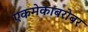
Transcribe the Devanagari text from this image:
एकमेकाबरोबर